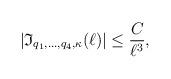
LaTeX: \begin{align*}|\mathfrak{I}_{q_1,\ldots, q_4, \kappa}(\ell)|\leq \frac{C}{\ell^ {3}},\end{align*}